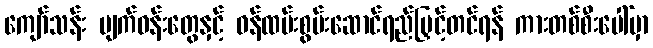
ကျော်သန်း မျက်ဝန်းတွေနှင့် ဝန်ထမ်းစွမ်းဆောင်ရည်မြှင့်တင်ရန် ကားတစ်စီးပေါ်မှာ